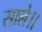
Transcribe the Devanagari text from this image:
साले।।